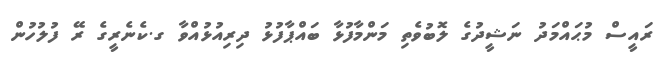
ރައީސް މުޙައްމަދު ނަޝީދުގެ ލޮބުވެތި މަންމާފުޅާ ބައްޕާފުޅު ދިރިއުޅުއްވާ ގ.ކެނެރީގެ ރޭ ފުލުހުން